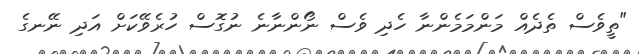
"ތީވެސް ތެދެއް މަންމަމެންނާ ހެދި ވެސް ނޯންނާނެ ނުގޮސް ހުރެވޭކަށް އަދި ނޭނގެ